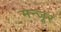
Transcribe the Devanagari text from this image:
मन्जूर